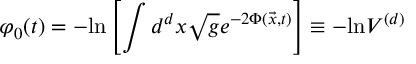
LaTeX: \varphi _ { 0 } ( t ) = - \mathrm { l n } \left[ \int d ^ { d } x \sqrt { g } e ^ { - 2 \Phi ( { \vec { x } } , t ) } \right] \equiv - \mathrm { l n } V ^ { ( d ) }